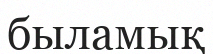
быламық